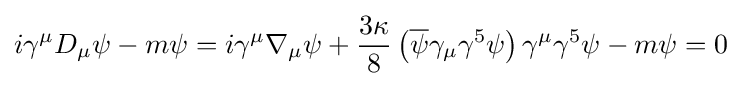
i\gamma ^{\mu }D_{\mu }\psi -m\psi =i\gamma ^{\mu }\nabla _{\mu }\psi +{\frac {3\kappa }{8}}\left({\overline {\psi }}\gamma _{\mu }\gamma ^{5}\psi \right)\gamma ^{\mu }\gamma ^{5}\psi -m\psi =0